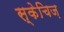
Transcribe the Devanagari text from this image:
स्केचिज़